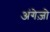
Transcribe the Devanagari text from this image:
अंगेज़ो